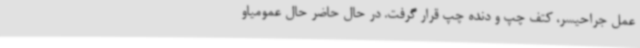
عمل جراحیسر، کتف چپ و دنده‌ چپ قرار گرفت. در حال حاضر حال عمومیاو